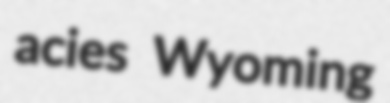
acies Wyoming